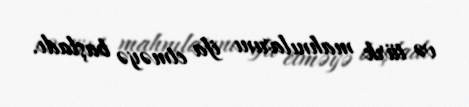
və türk mahnılarını ifa etməyə başladı.